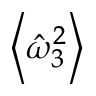
\left\langle \hat { \omega } _ { 3 } ^ { 2 } \right\rangle